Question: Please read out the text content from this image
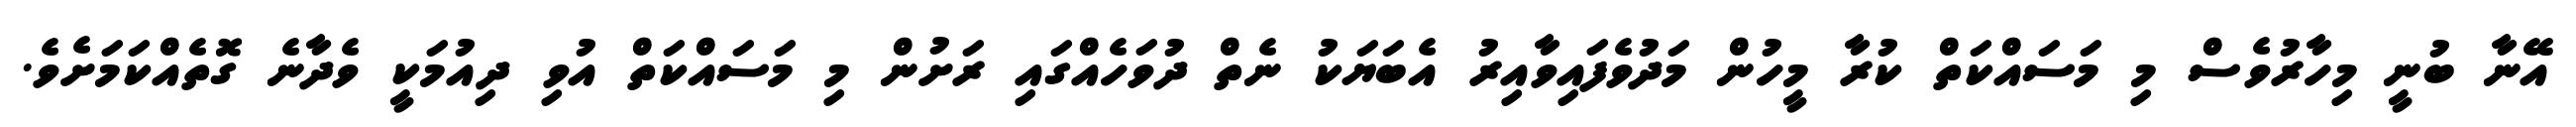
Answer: އޭނާ ބުނީ މިހާރުވެސް މި މަސައްކަތް ކުރާ މީހުން މަދުވެފައިވާއިރު އެބަޔަކު ނެތް ދުވަހެއްގައި ރަށުން މި މަސައްކަތް އުވި ދިއުމަކީ ވެދާނެ ގޮތެއްކަމަށެވެ.